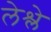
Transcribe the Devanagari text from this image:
लेश्ले